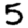
Digit: 5